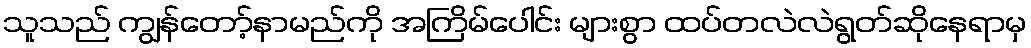
သူသည် ကျွန်တော့်နာမည်ကို အကြိမ်ပေါင်း များစွာ ထပ်တလဲလဲရွတ်ဆိုနေရာမှ